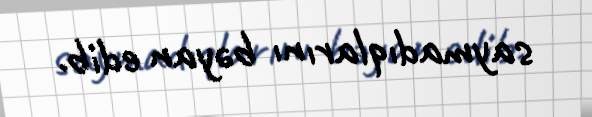
saymadıqlarını bəyan edib.